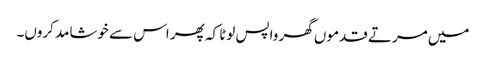
میں مرتے قدموں گھر واپس لوٹا کہ پھر اس سے خوشامد کروں۔